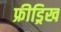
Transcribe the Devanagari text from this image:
फ्रीड्रिख